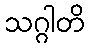
သဂ္ဂါတိ